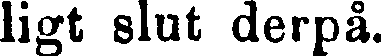
ligt slut derpå.